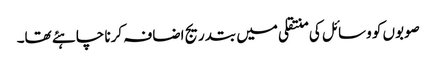
صوبوں کو وسائل کی منتقلی میں بتدریج اضافہ کرنا چاہئے تھا۔